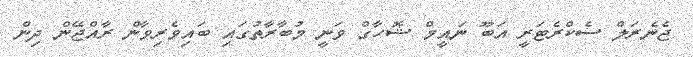
ޖެނެރަލް ސެކްރެޓަރީ އަބޫ ނައީމް ޝޮހާގް ވަނީ މުބާރާތުގައި ބައިވެރިވާން ރާއްޖޭން ދިން